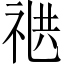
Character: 𬒸